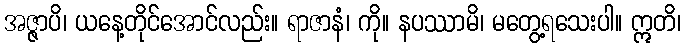
အဇ္ဇာပိ၊ ယနေ့တိုင်အောင်လည်း။ ရာဇာနံ၊ ကို။ နပဿာမိ၊ မတွေ့ရသေးပါ။ ဣတိ၊